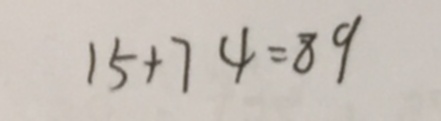
1 5 + 7 4 = 8 9